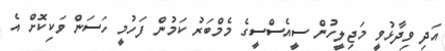
އަދި ވިދާޅުވީ މަޖިލީހުން ސީއެސްސީގެ މެމްބަރު ކަމުން ފަހުމީ ހަސަން ވަކިކޮށް އެ